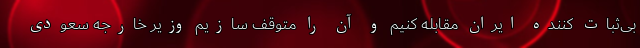
بی‌ثبات کننده ایران مقابله کنیم و آن را متوقف سازیم وزیر خارجه سعودی